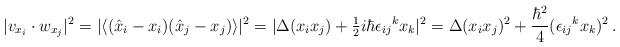
\begin{align*} |v_{x_i}\cdot w_{x_j}|^2= |\langle (\hat{x}_i-x_i)(\hat{x}_j-x_j)\rangle|^2= |\Delta(x_ix_j)+ {\textstyle\frac{1}{2}} i\hbar \epsilon_{ij}{}^kx_k|^2= \Delta(x_ix_j)^2+ \frac{\hbar^2}{4}(\epsilon_{ij}{}^kx_k)^2\,.\end{align*}